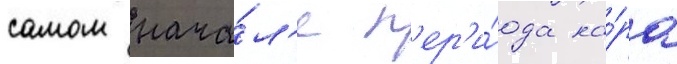
самом нача́л'е п'ер'и́ода на́ра